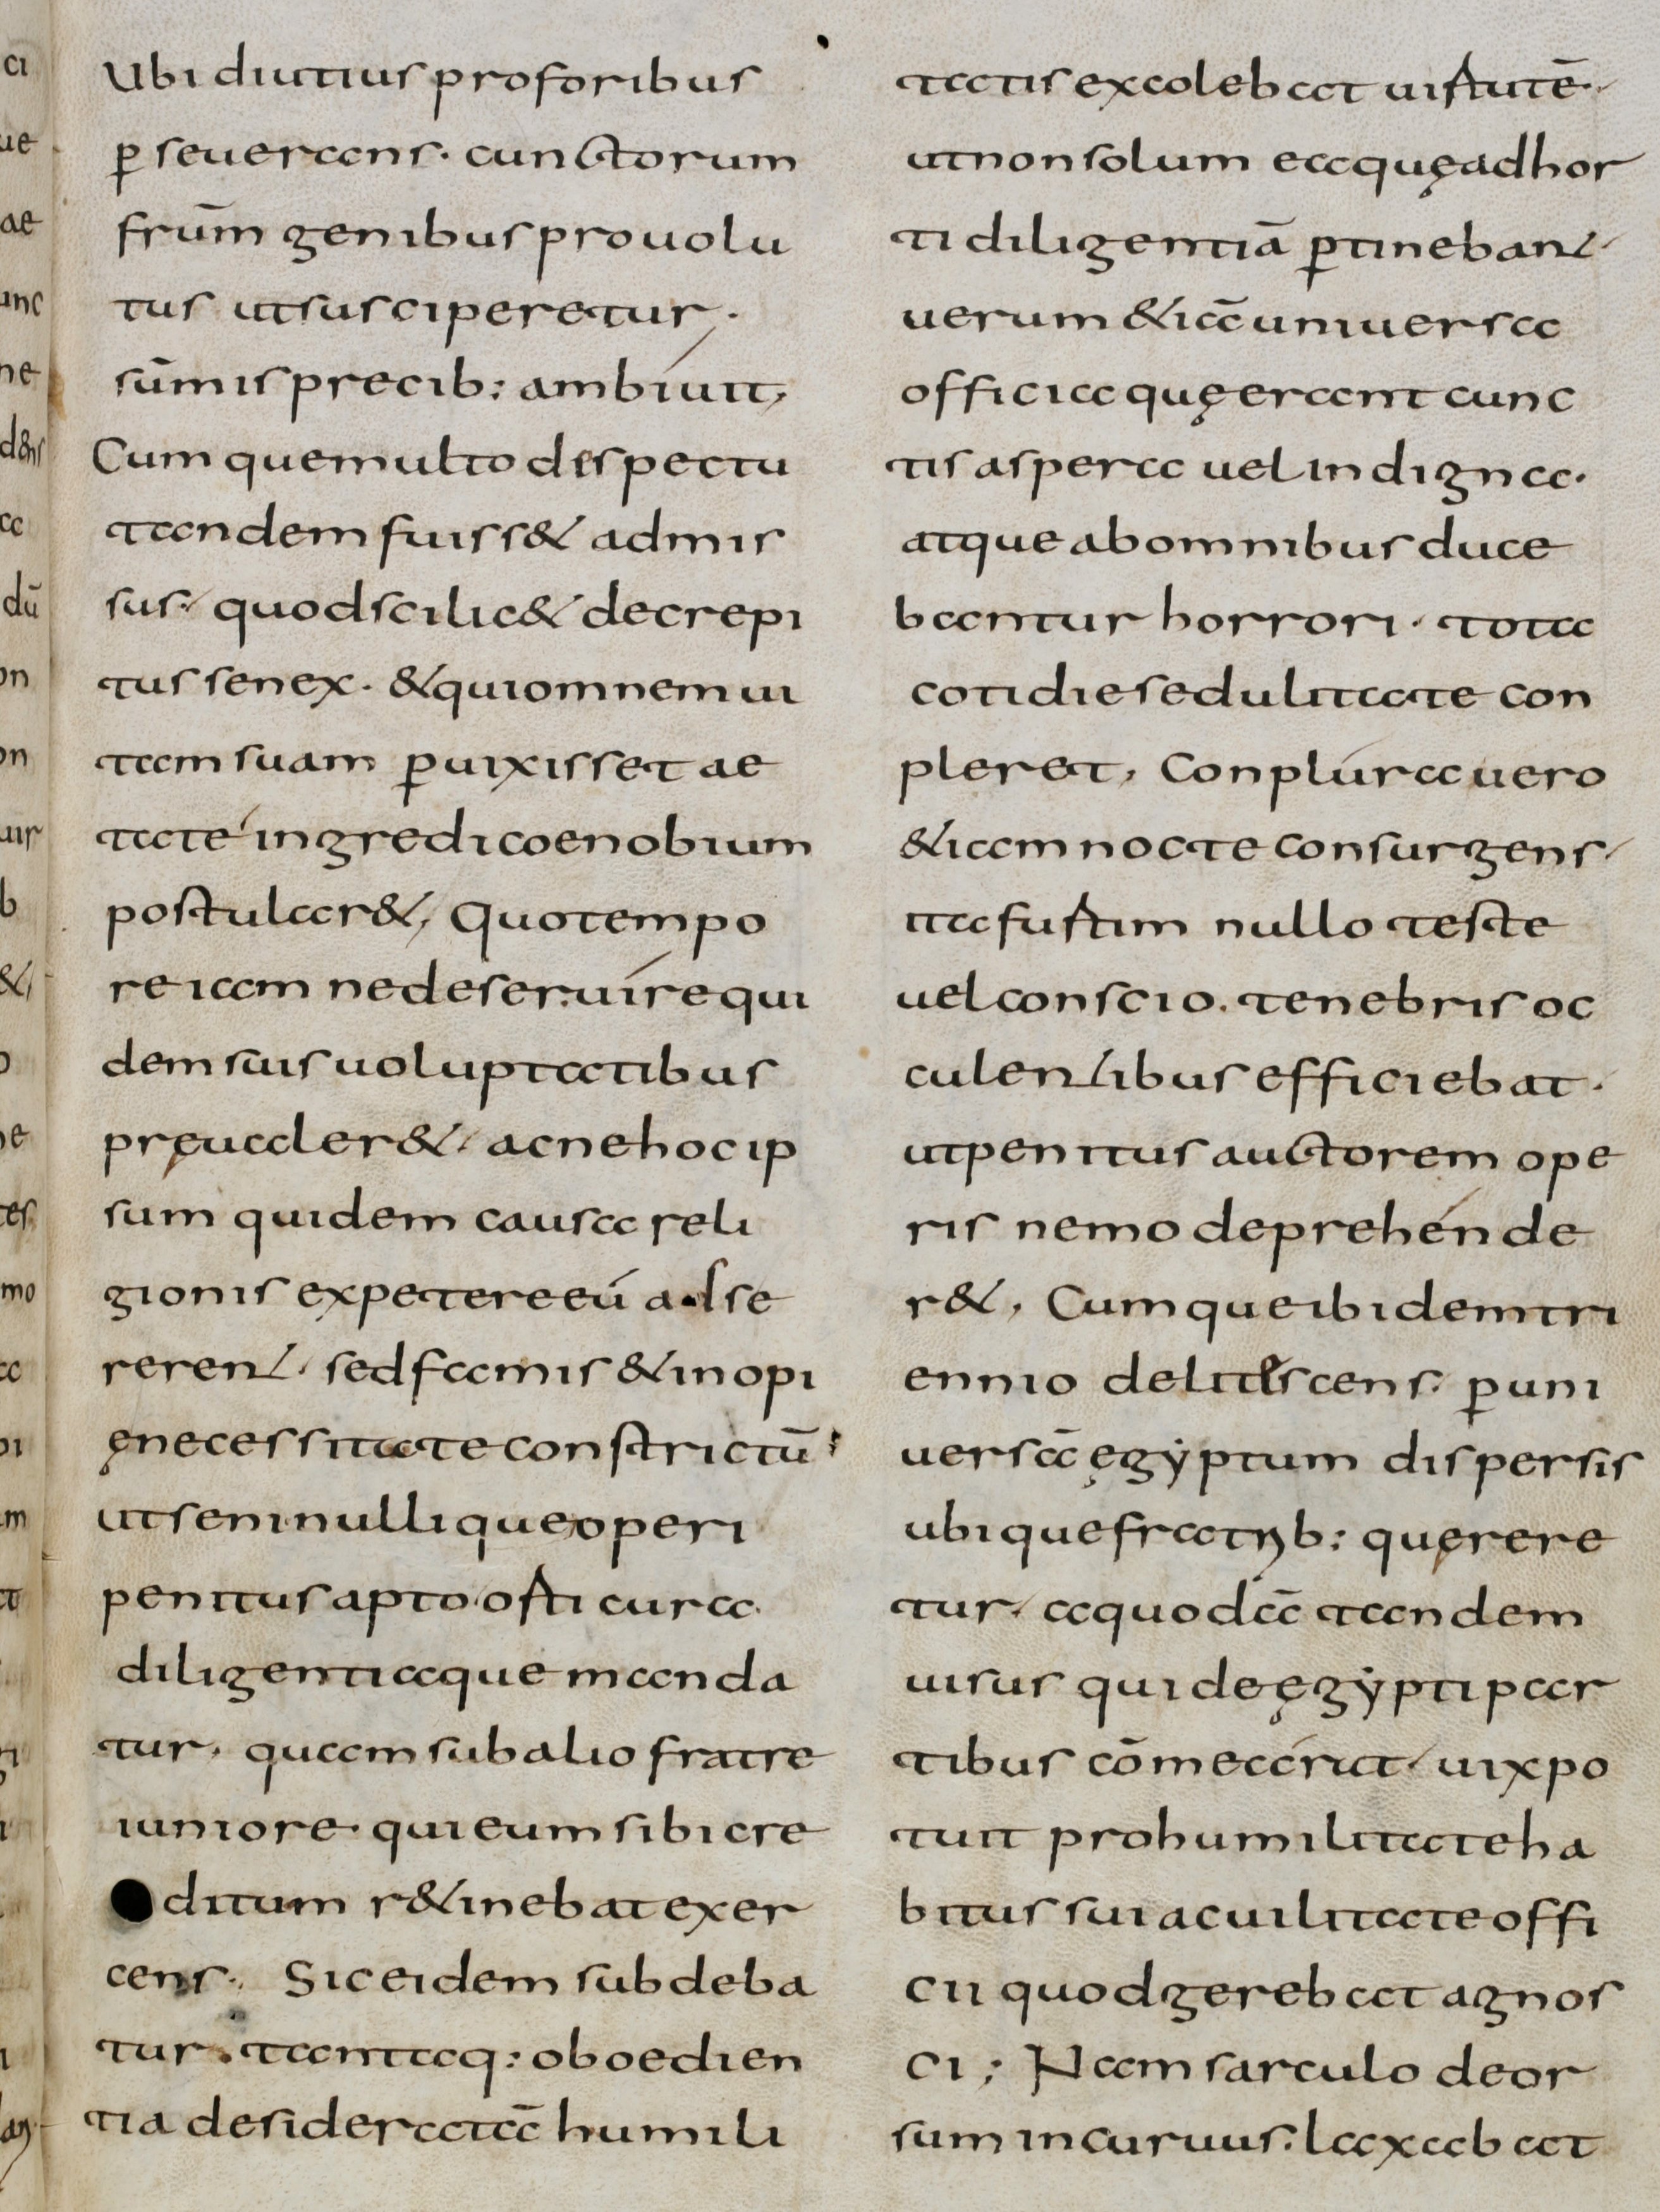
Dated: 800–832